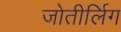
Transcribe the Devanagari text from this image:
जोतीर्लिग